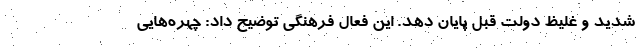
شدید و غلیظ دولت قبل پایان دهد. این فعال فرهنگی توضیح داد: چهره‌هایی